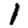
Digit: 1